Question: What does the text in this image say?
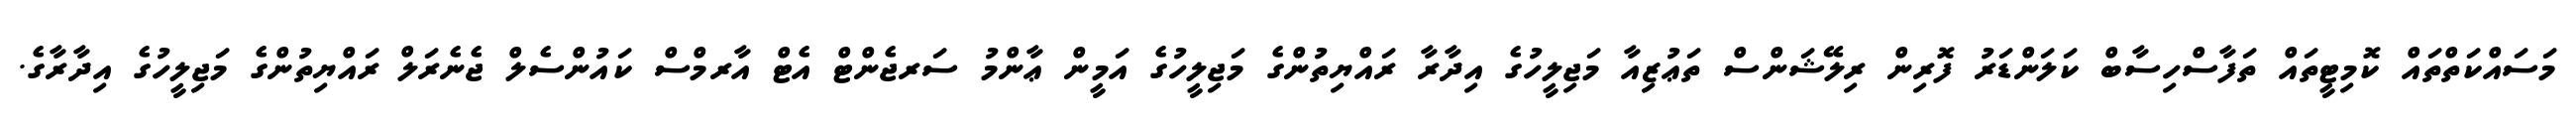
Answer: މަސައްކަތްތައް ކޮމިޓީތައް ތަފާސްހިސާބް ކަލަންޑަރު ފޮރިން ރިލޭޝަންސް ތަޢުޒިއާ މަޖިލީހުގެ އިދާރާ ރައްޔިތުންގެ މަޖިލީހުގެ އަމީން ޢާންމު ސަރޖެންޓް އެޓް އާރމްސް ކައުންސެލް ޖެނެރަލް ރައްޔިތުންގެ މަޖިލީހުގެ އިދާރާގެ.